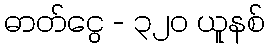
ဓာတ်ငွေ - ၃၂၀ ယူနစ်